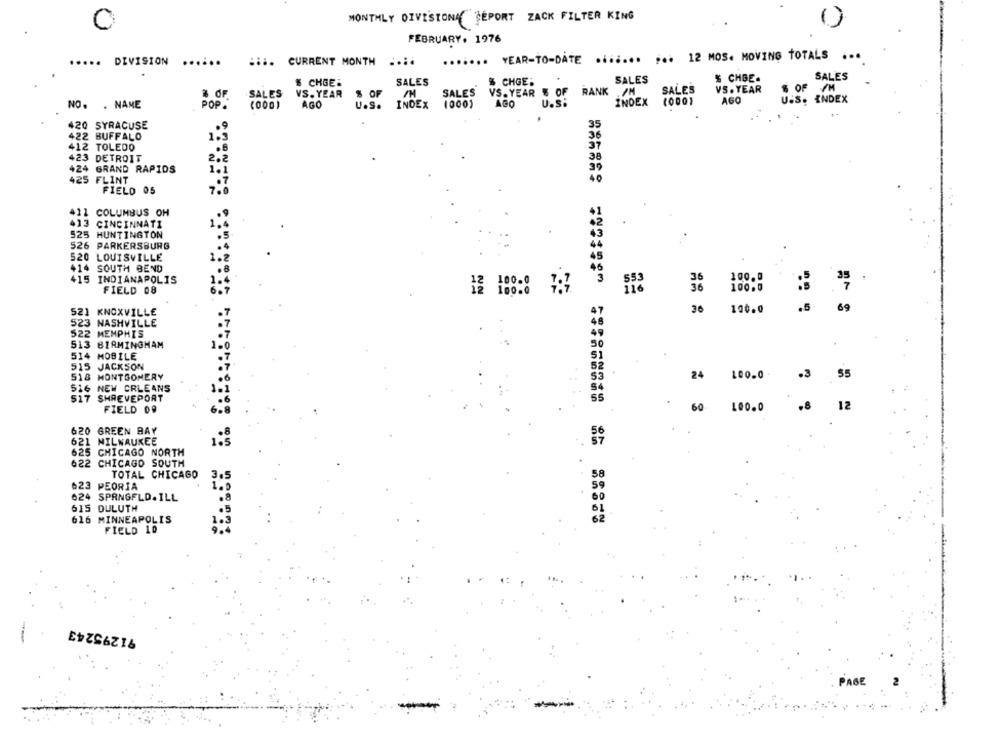
MONTHLY DIVISIONĄĆ CEPORT ZACK FILTER KING
FEBRUARY. 1976
....... YEAR-TO-DATE .i ..... ... 12 MOS. MOVING TOTALS ...
DIVISION
..
.... CURRENT MONTH ....
SALES
# CHGE:
SALES
% CHGE:
SALES
% CHGE.
VS. YEAR
$ OF /M
# OF
SALES
VS. YEAR $ OF
$ OF
SALES
VS. YEAR # OF
RANK ./M
SALES
INDEX (000)
AGO
U.s.
INDEX (000)
AGO
U.S. INDEX
NO. . NAME
POP.
(000)
AGO
U.s.
420 SYRACUSE
422 BUFFALO
412 TOLEDO
.8
423 DETROIT
2.2
424 GRAND RAPIDS
425 FLINT
FIELD 05
7.
411 COLUMBUS OH
413 CINCINNATI
525 HUNTINGTON
.5
526 PARKERSBURG
520 LOUISVILLE
414
SOUTH BEND
415 INDIANAPOLIS
100.0
FIELD 08
100.0
12 100.0
521 KNOXVILLE
.7
36
100.0
.5 69
523 NASHVILLE
522 MEMPHIS
513 BIRMINGHAM
514 MOBILE
515 JACKSON
518 MONTGOMERY
24 100.0 .
.3
55
516 NEW ORLEANS
517 SHREVEPORT
FIELD 09
====== ======= ======== 8
60
100.0
.8
12
620 GREEN BAY
621 MILWAUKEE
1.5
625 CHICAGO NORTH
622 CHICAGO SOUTH
TOTAL CHICAGO
3.5
623 PEORIA
1.5
624 SPRNGFLD.ILL
615 DULUTH
616 MINNEAPOLIS
= =====
FIELD 10
91295243
--
PAGE